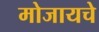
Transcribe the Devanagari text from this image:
मोजायचे